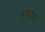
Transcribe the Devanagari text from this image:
हृद्मंदता